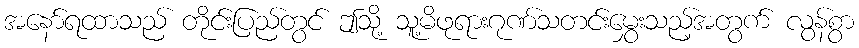
အနော်ရထာသည် တိုင်းပြည်တွင် ဤသို့ သူ့မိဖုရားဂုဏ်သတင်းမွှေးသည့်အတွက် လွန်စွာ